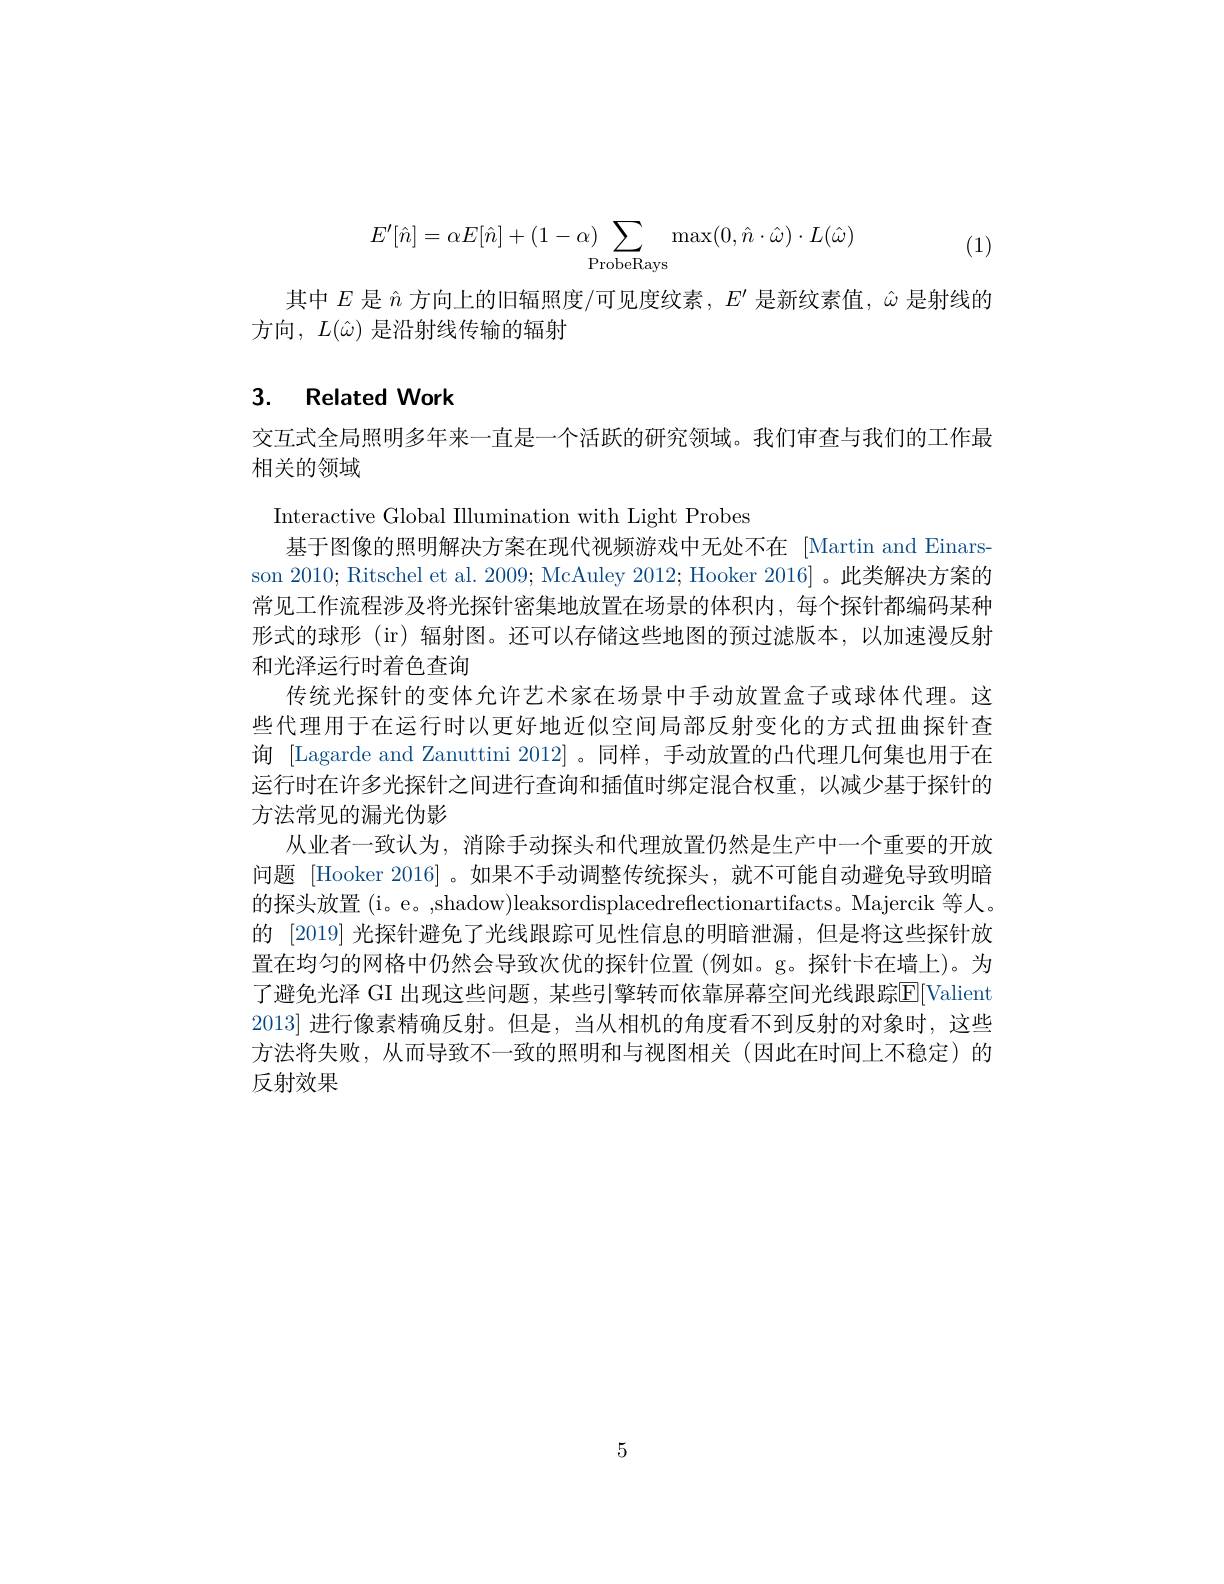
$$E'[\hat{n}]=\alpha E[\hat{n}]+(1-\alpha)\sum_{\text{ProbeRays}}\max(0,\hat{n}\cdot\hat{\omega})\cdot L(\hat{\omega})$$
(1)

其中$E$是$\hat{n}$方向上的旧辐照度/可见度纹素，$E^\prime$是新纹素值，$\hat{\omega}$是射线的
方向$,L(\hat{\omega})$ 是沿射线传输的辐射

## 3. Related Work

交互式全局照明多年来一直是一个活跃的研究领域。我们审查与我们的工作最
相关的领域

Interactive Global IIlumination with Light Probes
基于图像的照明解决方案在现代视频游戏中无处不在 [Martin and Einarsson 2010; Ritschel et al. 2009; McAuley 2012; Hooker 2016] 。此类解决方案的常见工作流程涉及将光探针密集地放置在场景的体积内，每个探针都编码某种形式的球形 (ir) 辐射图。还可以存储这些地图的预过滤版本，以加速漫反射和光泽运行时着色查询
传统光探针的变体允许艺术家在场景中手动放置盒子或球体代理。这些代理用于在运行时以更好地近似空间局部反射变化的方式扭曲探针查询 [Lagarde and Zanuttini 2012]。同样，手动放置的凸代理几何集也用于在运行时在许多光探针之间进行查询和插值时绑定混合权重，以减少基于探针的方法常见的漏光伪影
从业者一致认为，消除手动探头和代理放置仍然是生产中一个重要的开放问题 [Hooker 2016] 。如果不手动调整传统探头，就不可能自动避免导致明暗的探头放置(i。e。,shadow)leaksordisplacedreflectionartifacts。Majercik 等人。的 [2019] 光探针避免了光线跟踪可见性信息的明暗泄漏，但是将这些探针放置在均匀的网格中仍然会导致次优的探针位置 (例如。g。探针卡在墙上)。为了避免光泽 GI 出现这些问题，某些引擎转而依靠屏幕空间光线跟踪$\overline{\mathrm{E}}$ 2013]进行像素精确反射。但是，当从相机的角度看不到反射的对象时，这方法将失败，从而导致不一致的照明和与视图相关(因此在时间上不稳定)的反射效果

5